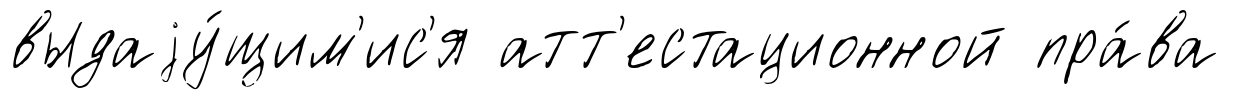
выдаjу́щим'ис'я атт'естационной пра́ва